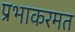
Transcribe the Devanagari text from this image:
प्रभाकरमत